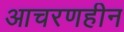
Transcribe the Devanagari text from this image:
आचरणहीन